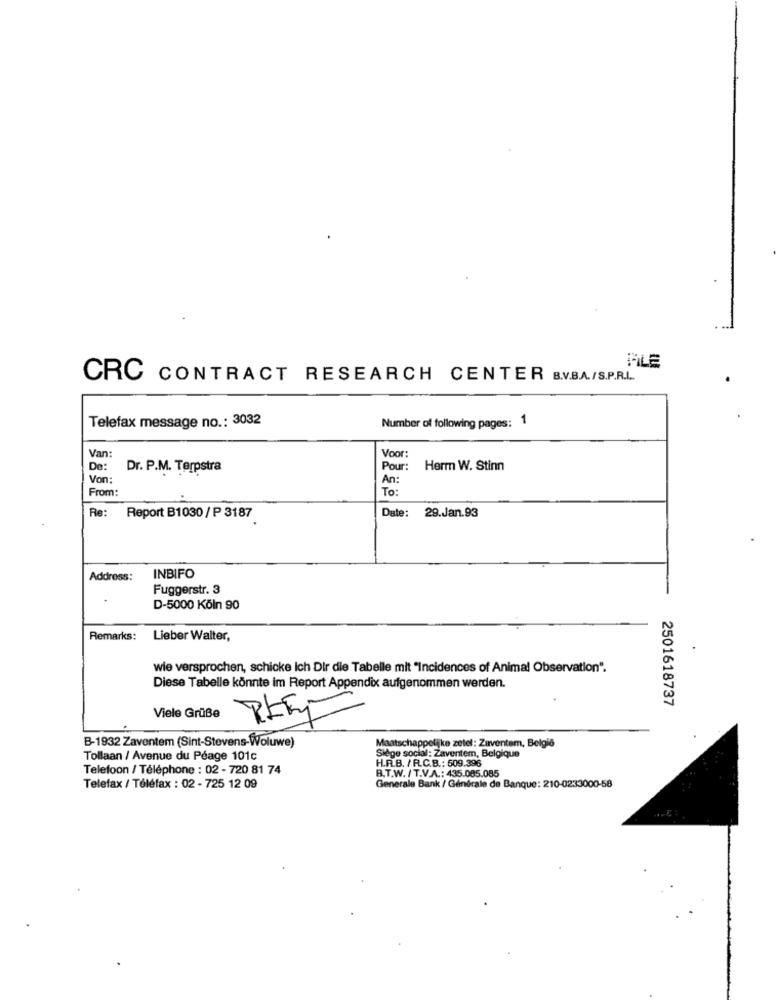
ALE
CRC CONTRACT RESEARCH CENTER B.V.B.A./S.P.R.L ..
Telefax message no .: 3032
Number of following pages: 1
Voor
Van:
De:
Dr. P.M. Terpstra
Pour:
Herm W. Stinn
Von:
An:
From:
To :
Re:
29.Jan.93
Report B1030 / P 3187
Date:
Address:
INBIFO
Fuggerstr. 3
D-5000 Köln 90
Remarks:
Lieber Walter,
wie versprochen, schicke ich Dir die Tabelle mit "Incidences of Animal Observation".
Diese Tabelle könnte im Report Appendix aufgenommen werden.
2501618737
Viele Grüße
B-1932 Zaventem (Sint-Stevens-Woluwe)
Maatschappelijke zetel: Zaventem, Belgio
Tollaan / Avenue du Péage 101c
H.R.B. / R.C.B .: 509.396
Siège social: Zaventem, Belgique
Telefoon / Téléphone : 02 - 720 81 74
B.T.W. / T.V.A .: 435.085.085
Telefax / Téléfax : 02 - 725 12 09
Generale Bank / Générale de Banque: 210-0233000-58